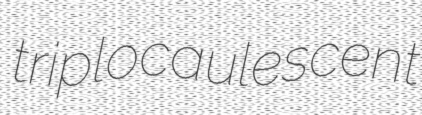
triplocaulescent